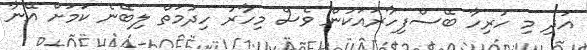
އަދި މި ހުރިހާ ބޭސްފިހާރައަކުން ވެސް މިހާރު ހިދުމަތް ލިބޭނެ ކަމަށް އޭނާ